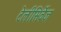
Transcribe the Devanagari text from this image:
टेलीसिर्वेज